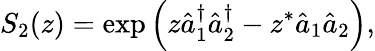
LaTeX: S_{2}(z)=\exp\left(z\hat{a}_{1}^{\dagger}\hat{a}_{2}^{\dagger}-z^{*}\hat{a}_{1}\hat{a}_{2}\right),